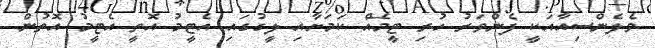
ވެލެންސިއާއަކީ ފެންވަރު ހުރި ޓީމެއް ކަމަށާއި ލީގުގައި އެޓީމު އޮތީ އެޓީމު އޮތުން